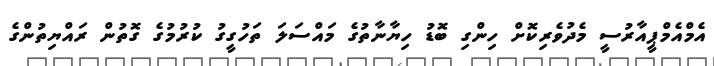
އެމްއެމްޕީއާރުސީ މެދުވެރިކޮށް ހިންގި ބޮޑު ހިޔާނާތުގެ މައްސަލަ ތަހުގީގު ކުރުމުގެ ގޮތުން ރައްޔިތުންގެ